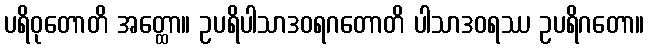
ပရိဝုတောတိ အတ္ထော။ ဥပရိပါသာဒဝရဂတောတိ ပါသာဒဝရဿ ဥပရိဂတော။